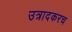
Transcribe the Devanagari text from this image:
उत्रादकरच